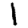
Digit: 1